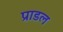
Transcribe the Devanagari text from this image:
प्राडल